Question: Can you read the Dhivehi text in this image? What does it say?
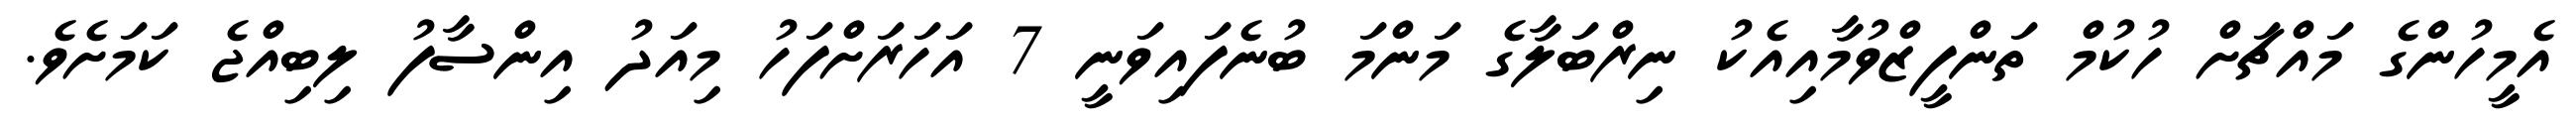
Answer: އެމީހުންގެ މައްޗަށް ހުކުމް ތަންފީޒްވުމާއިއެކު ނިރްބަލާގެ މަންމަ ބުނެފައިވަނީ 7 އަހަރަށްފަހު މިއަދު އިންސާފު ލިބިއްޖެ ކަމަށެވެ.